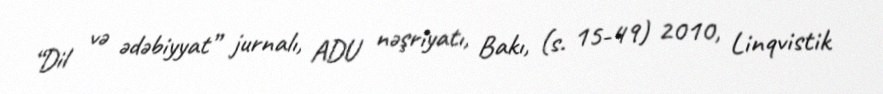
“Dil və ədəbiyyat” jurnalı, ADU nəşriyatı, Bakı, (s. 15-49) 2010, Linqvistik